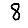
Digit: 8